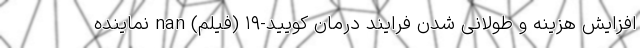
افزایش هزینه و طولانی شدن فرایند درمان کویید-۱۹ (فیلم) nan نماینده